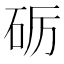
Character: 砺